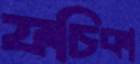
ফচিকা